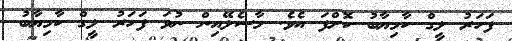
ފަހަރު ލީގް ކާމިޔާބު ކޮށްފަ އެވެ. މާސެލޭއިން ނުވަ ފަހަރު ލީގް ކާމިޔާބު